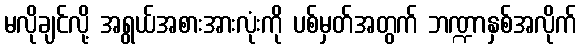
မလိုချင်လို့ အရွယ်အစားအားလုံးကို ပစ်မှတ်အတွက် ဘဏ္ဍာနှစ်အလိုက်